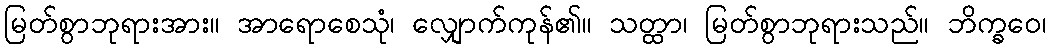
မြတ်စွာဘုရားအား။ အာရောစေသုံ၊ လျှောက်ကုန်၏။ သတ္ထာ၊ မြတ်စွာဘုရားသည်။ ဘိက္ခဝေ၊